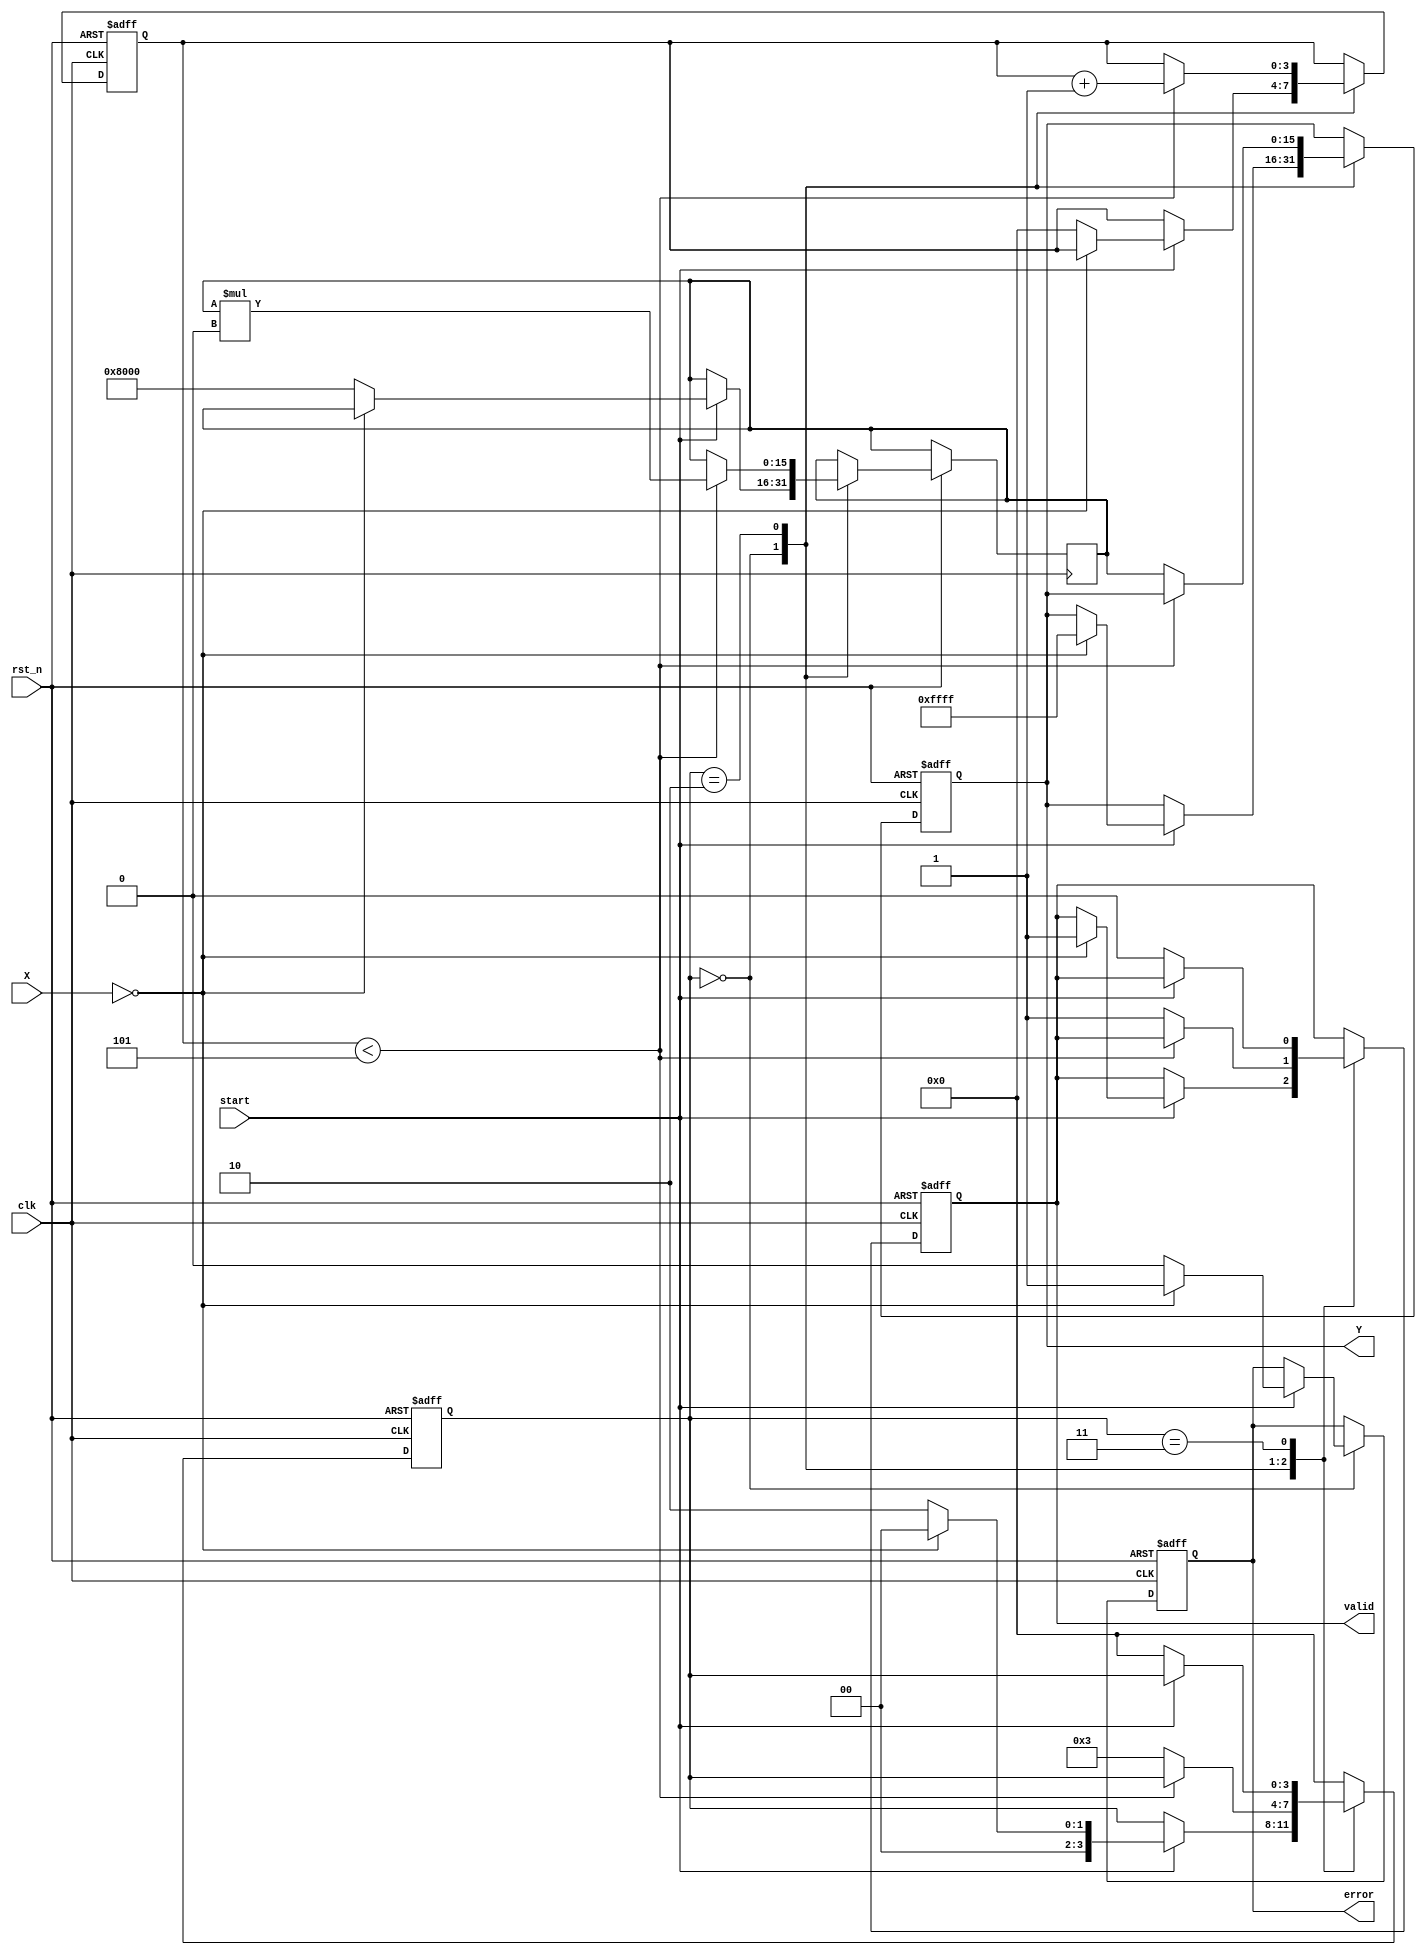
module DirectReciprocalUnit (
    input wire clk,               // Clock signal
    input wire rst_n,             // Active low reset
    input wire start,             // Start signal for computation
    input wire [15:0] X,          // Input data (fixed-point representation)
    output reg [15:0] Y,          // Reciprocal output
    output reg valid,             // Output valid flag
    output reg error              // Error flag (e.g., division by zero)
);

    reg [15:0] reciprocal;        // Intermediate reciprocal value
    reg [3:0] state;              // State for FSM
    reg [3:0] count;              // Iteration counter

    // State encoding
    localparam IDLE = 4'b0000,
               VALIDATE = 4'b0001,
               CALCULATE = 4'b0010,
               OUTPUT = 4'b0011;

    // Initial values
    initial begin
        Y = 16'b0;
        valid = 1'b0;
        error = 1'b0;
        state = IDLE;
        count = 4'b0;
    end

    // Main FSM for processing
    always @(posedge clk or negedge rst_n) begin
        if (!rst_n) begin
            Y <= 16'b0;
            valid <= 1'b0;
            error <= 1'b0;
            state <= IDLE;
            count <= 4'b0;
        end else begin
            case (state)
                IDLE: begin
                    if (start) begin
                        if (X == 16'b0) begin
                            error <= 1'b1; // Division by zero
                            Y <= 16'hFFFF; // Output predefined value (e.g., infinity)
                            valid <= 1'b1;
                            state <= IDLE; // Stay in IDLE
                        end else begin
                            error <= 1'b0;
                            reciprocal <= 16'h8000; // Initial guess (1.0 in fixed-point)
                            count <= 4'b0;
                            state <= CALCULATE;
                        end
                    end
                end

                CALCULATE: begin
                    if (count < 4'd5) begin // Perform 5 iterations for Newton-Raphson
                        reciprocal <= reciprocal * (16'h10000 - (X * reciprocal >> 16)); // Update guess
                        count <= count + 1;
                    end else begin
                        Y <= reciprocal; // Final reciprocal value
                        valid <= 1'b1; // Set valid flag
                        state <= OUTPUT;
                    end
                end

                OUTPUT: begin
                    // Output handling
                    if (!start) begin
                        valid <= 1'b0; // Clear valid flag when not starting
                        state <= IDLE; // Go back to IDLE state
                    end
                end

                default: state <= IDLE; // Default case
            endcase
        end
    end

endmodule